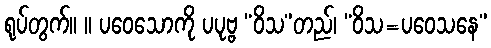
ရုပ်တွက်။ ။ ပဝေသောကို ပပုဗ္ဗ “ဝိသ”တည်၊ “ဝိသ=ပဝေသနေ”